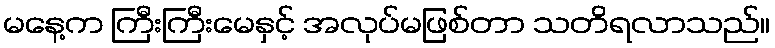
မနေ့က ကြီးကြီးမေနှင့် အလုပ်မဖြစ်တာ သတိရလာသည်။